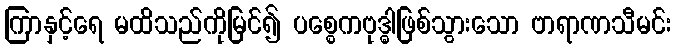
ကြာနှင့်ရေ မထိသည်ကိုမြင်၍ ပစ္စေကဗုဒ္ဓါဖြစ်သွားသော ဗာရာဏသီမင်း